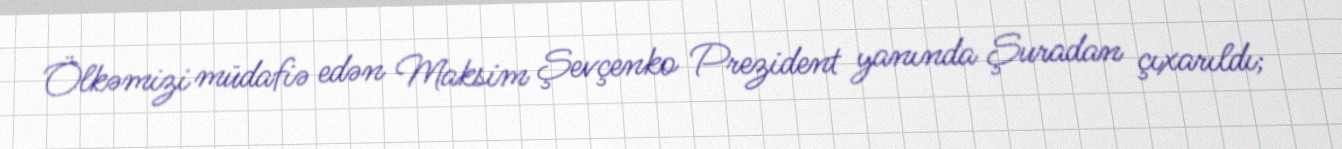
Ölkəmizi müdafiə edən Maksim Şevçenko Prezident yanında Şuradan çıxarıldı;